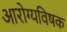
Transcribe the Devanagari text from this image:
आरोग्यविषक